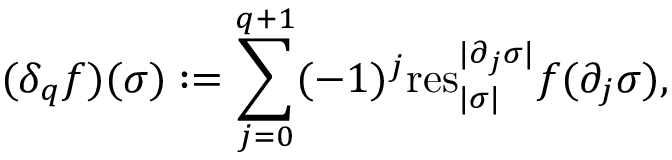
\quad ( \delta _ { q } f ) ( \sigma ) : = \sum _ { j = 0 } ^ { q + 1 } ( - 1 ) ^ { j } \mathrm { r e s } _ { | \sigma | } ^ { | \partial _ { j } \sigma | } f ( \partial _ { j } \sigma ) ,